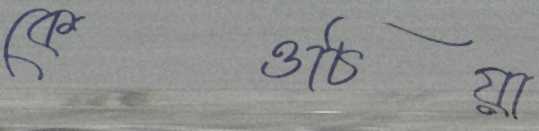
কেওচিয়া